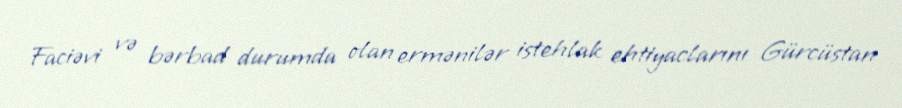
Faciəvi və bərbad durumda olan ermənilər istehlak ehtiyaclarını Gürcüstan